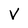
Character: V